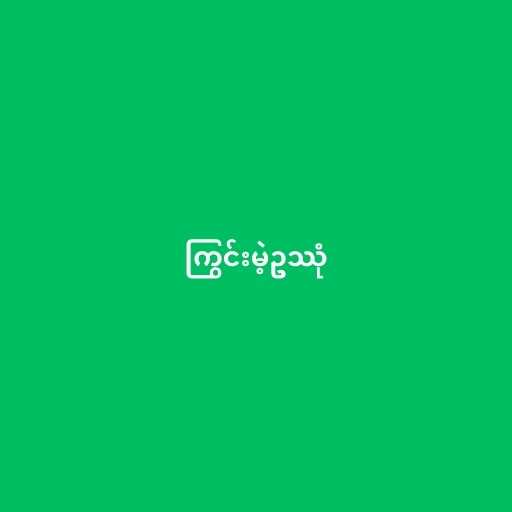
ကြွင်းမဲ့ဥဿုံ